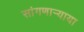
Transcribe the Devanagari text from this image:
सांगणार्‍याया